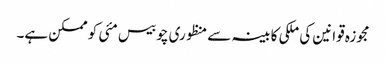
مجوزہ قوانین کی ملکی کابینہ سے منظوری چوبیس مئی کو ممکن ہے۔